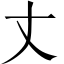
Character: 丈